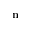
{ \bf n }